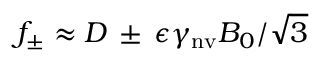
f _ { \pm } \approx D \, \pm \, \epsilon \gamma _ { \mathrm { n v } } B _ { 0 } / \sqrt { 3 }